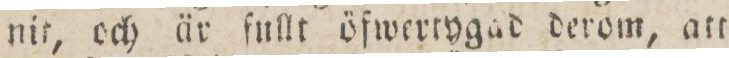
nit, och är fullt öfwertygad derom, att